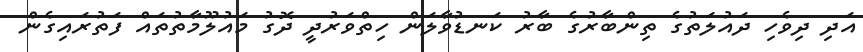
އަދި ދިވެހި ދައުލަތުގެ ތިންބާރުގެ ބާރު ކަނޑުވާލަން ހިތްވަރުދީ ދޮގު މައުލޫމާތުތައް ފަތުރައިގެން